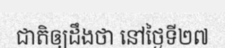
ជាតិឲ្យដឹងថា នៅថ្ងៃទី២៧